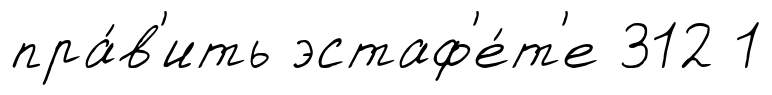
пра́в'ить эстаф'е́т'е 312 1